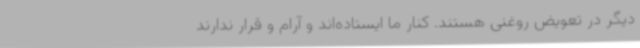
دیگر در تعویض روغنی هستند. کنار ما ایستاده‌اند و آرام و قرار ندارند